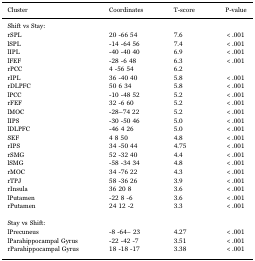
<table><thead><tr><td><b>Cluster</b></td><td><b>Coordinates</b></td><td><b>T-score</b></td><td><b>P-value</b></td></tr></thead><tbody><tr><td>Shift vs Stay:</td><td></td><td></td><td></td></tr><tr><td>rSPL</td><td>20 -66 54</td><td>7.6</td><td>&lt;.001</td></tr><tr><td>lSPL</td><td>-14 -64 56</td><td>7.4</td><td>&lt;.001</td></tr><tr><td>lIPL</td><td>-40 -40 40</td><td>6.9</td><td>&lt;.001</td></tr><tr><td>lFEF</td><td>-28 -6 48</td><td>6.3</td><td>&lt;.001</td></tr><tr><td>rPCC</td><td>4 -56 54</td><td>6.2</td><td></td></tr><tr><td>rIPL</td><td>36 -40 40</td><td>5.8</td><td>&lt;.001</td></tr><tr><td>rDLPFC</td><td>50 6 34</td><td>5.8</td><td>&lt;.001</td></tr><tr><td>lPCC</td><td>-10 -48 52</td><td>5.2</td><td>&lt;.001</td></tr><tr><td>rFEF</td><td>32 -6 60</td><td>5.2</td><td>&lt;.001</td></tr><tr><td>lMOC</td><td>-28–74 22</td><td>5.2</td><td>&lt;.001</td></tr><tr><td>lIPS</td><td>-30 -50 46</td><td>5.0</td><td>&lt;.001</td></tr><tr><td>lDLPFC</td><td>-46 4 26</td><td>5.0</td><td>&lt;.001</td></tr><tr><td>SEF</td><td>4 8 50</td><td>4.8</td><td>&lt;.001</td></tr><tr><td>rIPS</td><td>34 -50 44</td><td>4.75</td><td>&lt;.001</td></tr><tr><td>rSMG</td><td>52 -32 40</td><td>4.4</td><td>&lt;.001</td></tr><tr><td>lSMG</td><td>-58 -34 34</td><td>4.8</td><td>&lt;.001</td></tr><tr><td>rMOC</td><td>34 -76 22</td><td>4.3</td><td>&lt;.001</td></tr><tr><td>rTPJ</td><td>58 -36 26</td><td>3.9</td><td>&lt;.001</td></tr><tr><td>rInsula</td><td>36 20 8</td><td>3.6</td><td>&lt;.001</td></tr><tr><td>lPutamen</td><td>-22 8 -6</td><td>3.6</td><td>&lt;.001</td></tr><tr><td>rPutamen</td><td>24 12 -2</td><td>3.3</td><td>&lt;.001</td></tr><tr><td colspan="4">  </td></tr><tr><td>Stay vs Shift:</td><td></td><td></td><td></td></tr><tr><td>lPrecuneus</td><td>-8 -64− 23</td><td>4.27</td><td>&lt;.001</td></tr><tr><td>lParahippocampal Gyrus</td><td>-22 -42 -7</td><td>3.51</td><td>&lt;.001</td></tr><tr><td>rParahippocampal Gyrus</td><td>18 -18 -17</td><td>3.38</td><td>&lt;.001</td></tr></tbody></table>